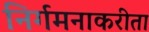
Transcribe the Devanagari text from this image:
निर्गमनाकरीता